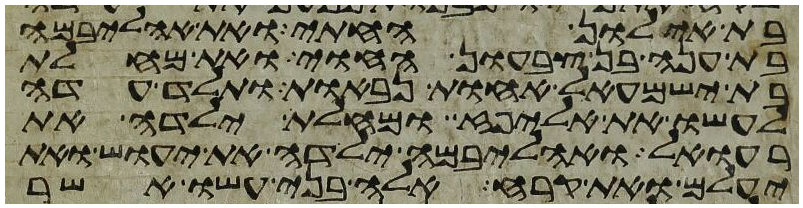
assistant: בת אילון החתי ואת אהליבמה
בת ענה בן צבעון החוי ואת מחלת
בת ישמעאל אחות נבאות ותלד עדה
לעשו את אליפז ומחלת ילדה את
רעואל ואהליבמה ילדה את יעוש ואת
יעלם ואת קרח אלה בני עשו אשר